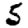
Digit: 5